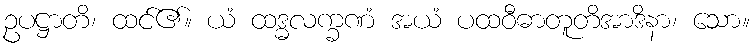
ဥပဋ္ဌာတိ၊ ထင်၏။ ယံ ထဒ္ဓလက္ခဏံ အယံ ပထဝီဓာတူတိအာဒိနာ၊ သော။